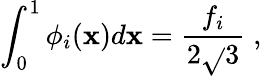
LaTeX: \int_{0}^{1}\phi_{i}(\mathbf{x})d\mathbf{x}=\frac{{f_{i}}}{{2\sqrt{}{{3}}}}\; ,